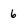
Character: 6